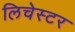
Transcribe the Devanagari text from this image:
लिचेस्टर